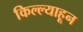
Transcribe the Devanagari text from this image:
किल्ल्याहून